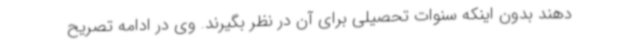
دهند بدون اینکه سنوات تحصیلی برای آن در نظر بگیرند. وی در ادامه تصریح